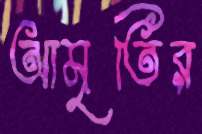
আমৃতির